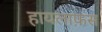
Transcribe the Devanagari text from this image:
हायलाफ़स